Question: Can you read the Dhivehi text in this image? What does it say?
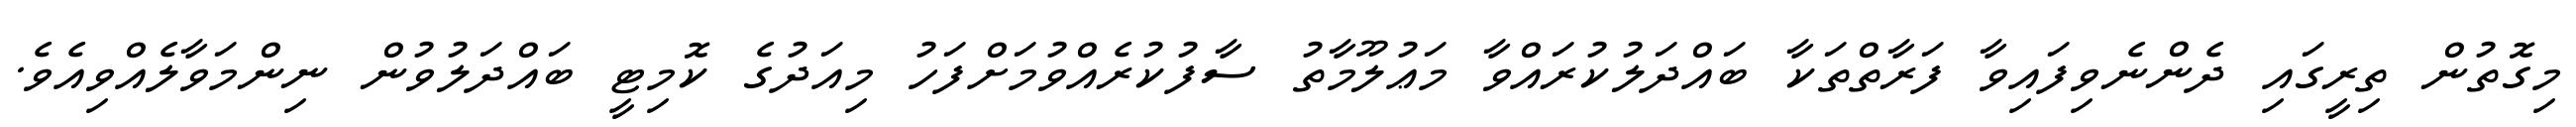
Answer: މިގޮތުން ތިރީގައި ދެންނެވިފައިވާ ފަރާތްތަކާ ބައްދަލުކުރައްވާ މަޢުލޫމާތު ސާފުކުރެއްވުމަށްފަހު މިއަދުގެ ކޮމިޓީ ބައްދަލުވުން ނިންމަވާލެއްވިއެވެ.